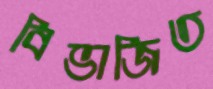
বিভাজিত